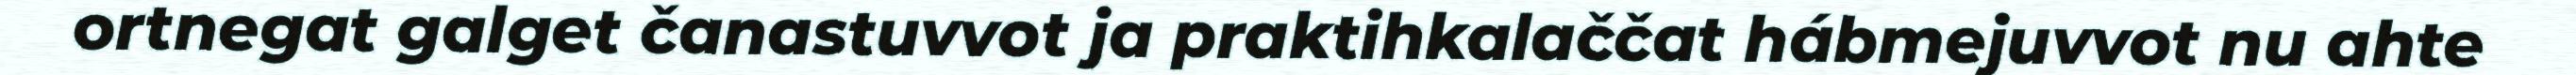
ortnegat galget čanastuvvot ja praktihkalaččat hábmejuvvot nu ahte